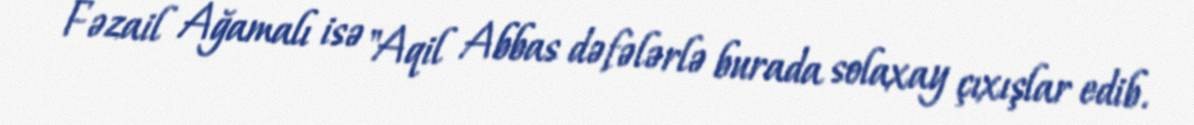
Fəzail Ağamalı isə "Aqil Abbas dəfələrlə burada solaxay çıxışlar edib.